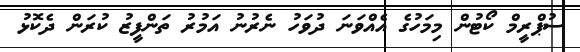
ސުޕްރީމް ކޯޓުން މިމަހުގެ އެއްވަނަ ދުވަހު ނެރުނު އަމުރު ތަންފީޒު ކުރަން ދެކޮޅު